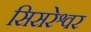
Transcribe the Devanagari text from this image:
सिसरेश्वर